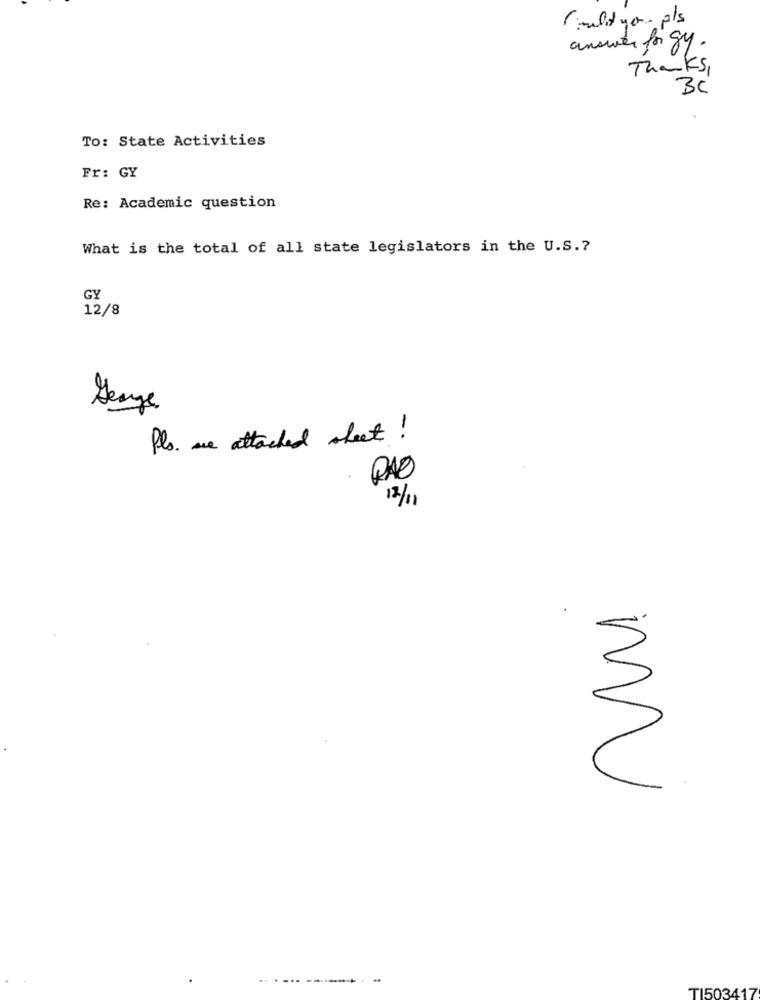
Could you- pls
answer for gy.
Thanks,
BC
To: State Activities
Fr: GY
Re: Academic question
What is the total of all state legislators in the U.S .?
GY
12/8
Henge
Pls. are attached sheet !
RAD
12/11
TI503417